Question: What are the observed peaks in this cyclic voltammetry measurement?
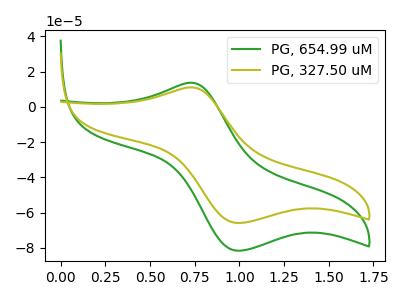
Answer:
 <answer>The green curve "PG, 654.99 uM" has an anodic peak at (0.75V, 13.70uA) and a cathodic peak at (1.00V, -81.70uA). The olive curve "PG, 327.50 uM" has an anodic peak at (0.75V, 11.10uA) and a cathodic peak at (1.00V, -65.95uA).</answer>
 <eval></eval>